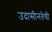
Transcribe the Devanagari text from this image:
उदासीनतेची